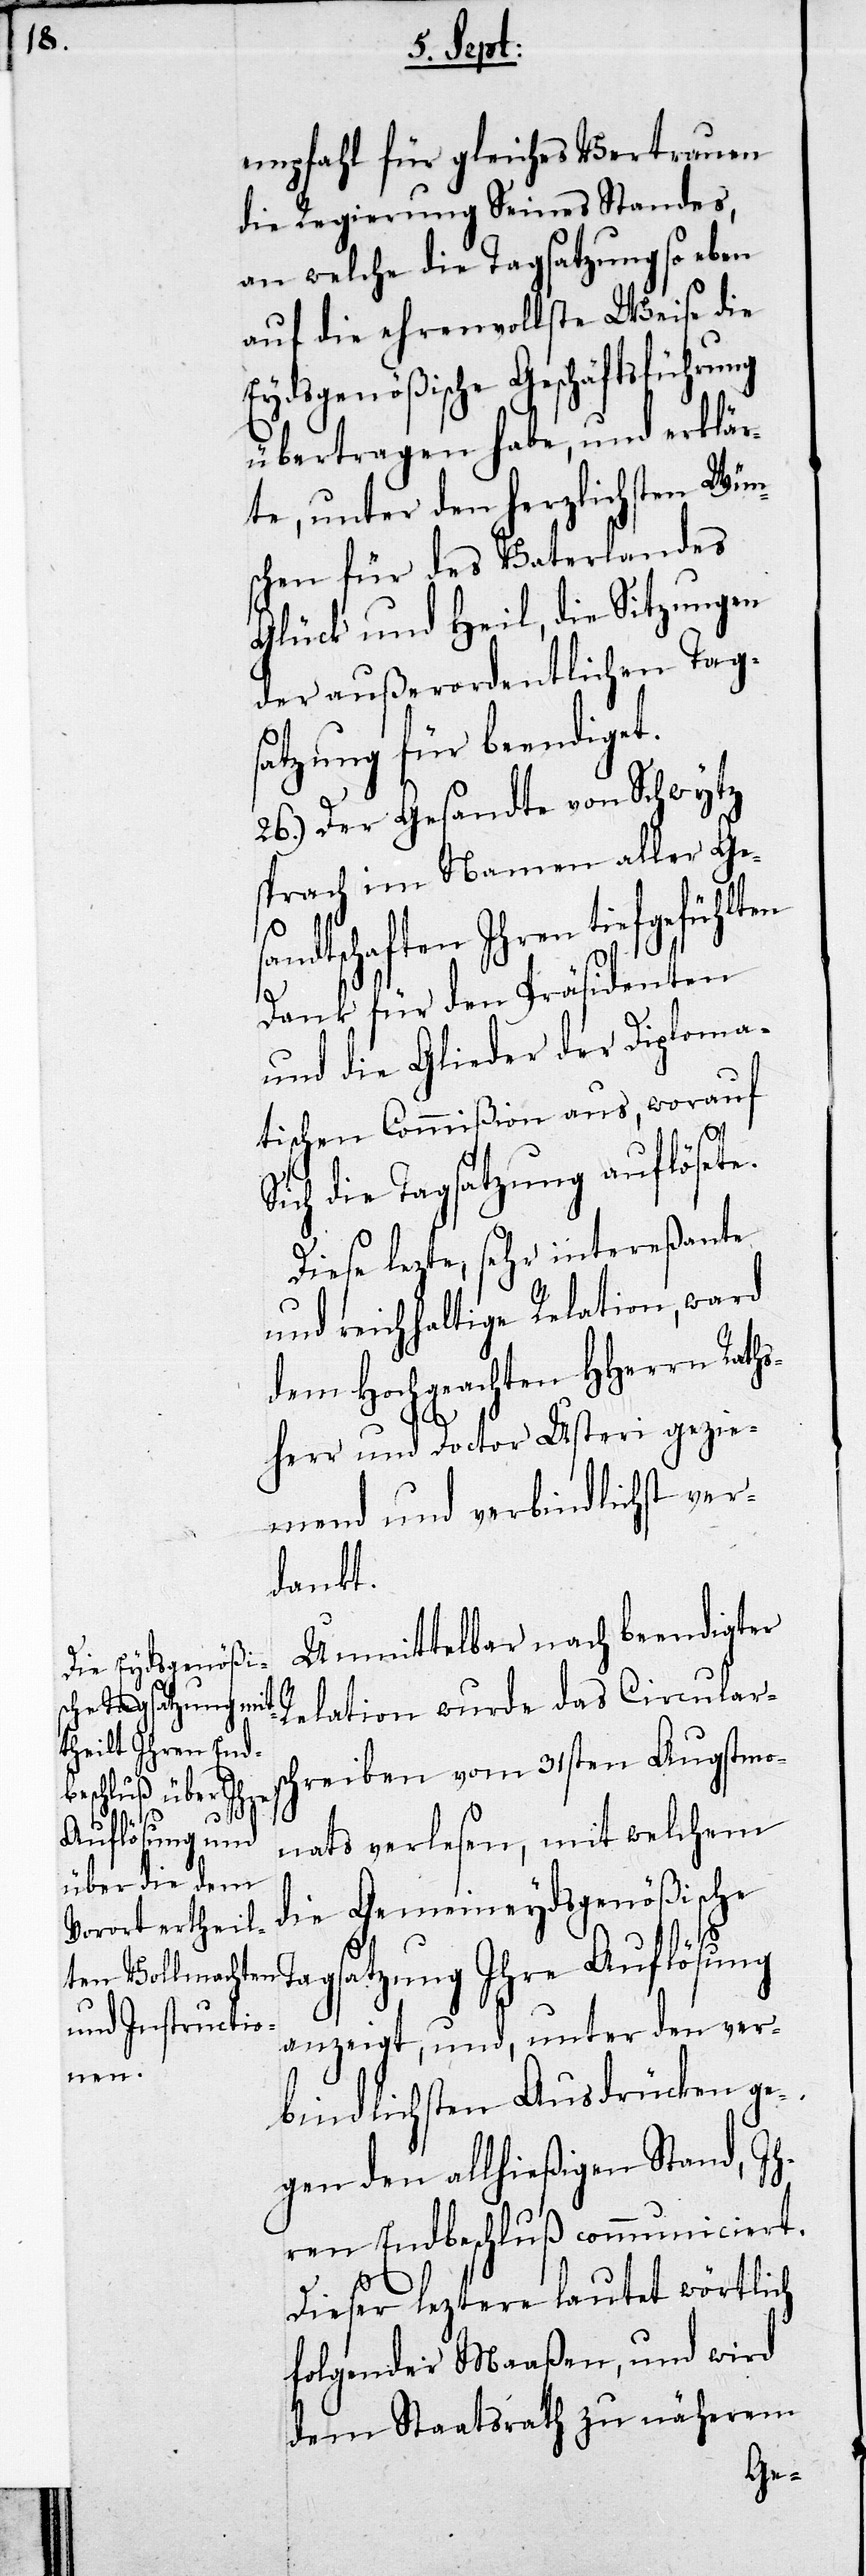
empfahl für gleiches Vertrauen
die Regierung Seines Standes,
an welche die Tagsatzung so eben
auf die ehrenvollste Weise die
Eydsgenößische Geschäftsführung
übertragen habe, und erklär¬
te, unter den herzlichsten Wün¬
schen für des Vaterlandes
Glück und Heil, die Sitzungen
der außerordentlichen Tags¬
atzung für beendiget.
26.) Der Gesandte von Schwytz
sprach im Namen aller Ge¬
ndtschaften Ihren tiefgefühl¬
ten
Dank für den Präsidenten
und die Glieder der Diploma¬
tischen Commißion aus, worauf
ich die Tagsatzung auflösete.
Diese lezte, sehr intereßante
und reichhaltige Relation, ward
dem Hochgeachten HHerrn Raths¬
herr und Doctor Usteri gezie¬
mend und verbindlichst ver¬
dankt.
Unmittelbar nach beendigter
Relation wurde das Circulars¬
chreiben vom 31sten Augstmo¬
nats verlesen, mit welchem
die Gemeineydgenößische
S¬
Tagsatzung Ihre Auflösung
anzeigt, und, unter den ver¬
bindlichsten Ausdrücken ge¬
gen den allhießigen Stand, Ih¬
ren Endbeschluß communiciert.
Dieser leztere lautet wörklich
folgender Maaßen, und wird
dem Staatsrath zu näherem